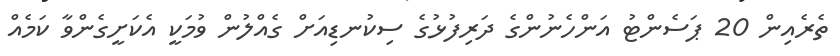
ތެރެއިން 20 ޕަސެންޓު އަންހެނުންގެ ދަރިފުޅުގެ ސިކުނޑިއަށް ގެއްލުން ވުމަކީ އެކަށީގެންވާ ކަމެއް